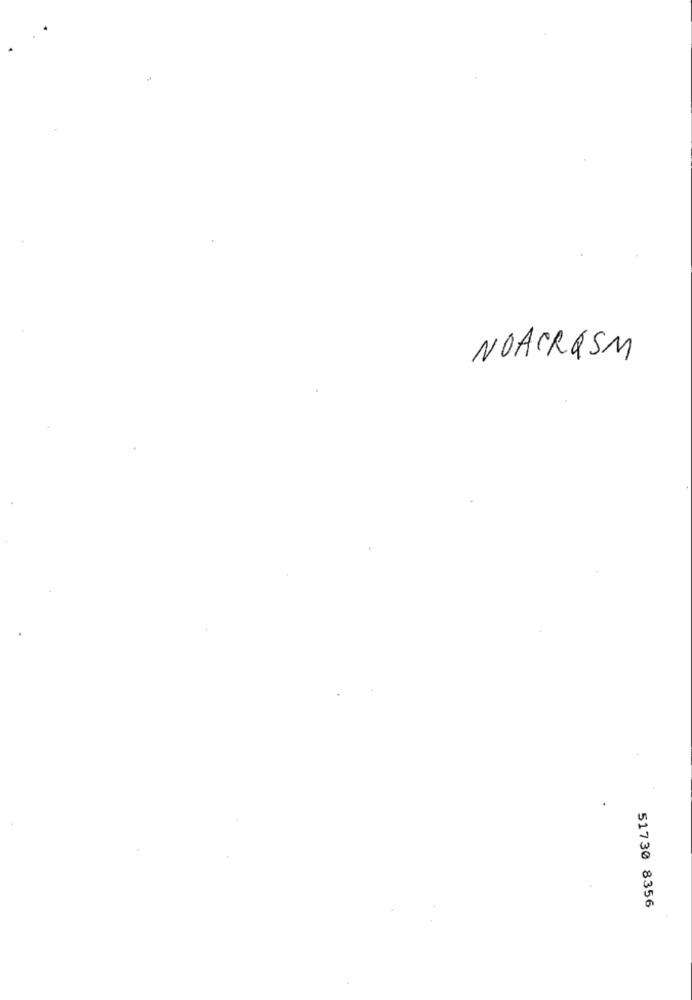
NOACRESM
51730 8356